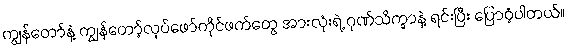
ကျွန်တော်နဲ့ ကျွန်တော့်လုပ်ဖော်ကိုင်ဖက်တွေ အားလုံးရဲ့ ဂုဏ်သိက္ခာနဲ့ ရင်းပြီး ပြောဝံ့ပါတယ်။